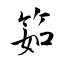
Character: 筎